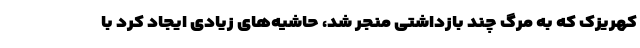
کهریزک که به مرگ چند بازداشتی منجر شد، حاشیه‌های زیادی ایجاد کرد با